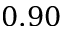
0 . 9 0